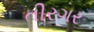
તીરગર